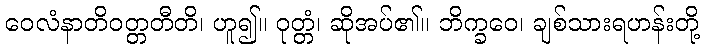
ဝေလံနာတိဝတ္တတီတိ၊ ဟူ၍။ ဝုတ္တံ၊ ဆိုအပ်၏။ ဘိက္ခဝေ၊ ချစ်သားရဟန်းတို့